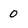
Character: 0